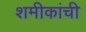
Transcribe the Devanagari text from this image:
शमीकांची